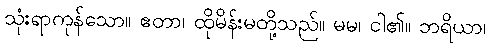
သုံးရာကုန်သော။ ဧတာ၊ ထိုမိန်းမတို့သည်။ မမ၊ ငါ၏။ ဘရိယာ၊